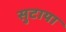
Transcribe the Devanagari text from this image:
सुटाया